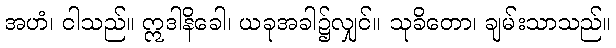
အဟံ၊ ငါသည်။ ဣဒါနိခေါ၊ ယခုအခါ၌လျှင်။ သုခိတော၊ ချမ်းသာသည်။